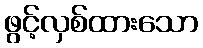
ဖွင့်လှစ်ထားသော